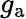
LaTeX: g_{\mathrm{a}}